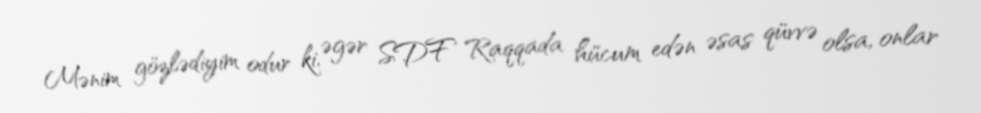
Mənim gözlədiyim odur ki, əgər SDF Raqqada hücum edən əsas qüvvə olsa, onlar